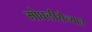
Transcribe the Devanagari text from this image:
मोघलीसैन्याने